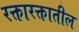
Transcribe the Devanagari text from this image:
रक्तारक्तातील